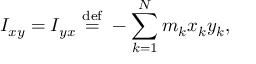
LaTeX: I _ { x y } = I _ { y x } \ { \stackrel { \mathrm { d e f } } { = } } \ - \sum _ { k = 1 } ^ { N } m _ { k } x _ { k } y _ { k } , \,